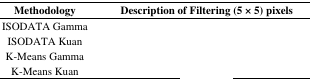
<table><thead><tr><td><b>Methodology</b></td><td><b>Description of Filtering (5 × 5) pixels</b></td></tr></thead><tbody><tr><td>ISODATA Gamma</td><td>[EMPTY_CELL]</td></tr><tr><td>ISODATA Kuan</td><td>[EMPTY_CELL]</td></tr><tr><td>K-Means Gamma</td><td>[EMPTY_CELL]</td></tr><tr><td>K-Means Kuan</td><td>[EMPTY_CELL]</td></tr></tbody></table>